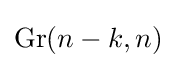
\operatorname {Gr} (n-k,n)